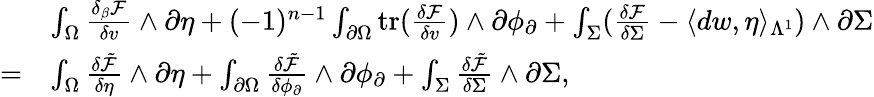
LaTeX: \begin{array}{rl}&{\int_{\Omega}\frac{\delta_{\beta}\mathcal{F}}{\delta v}\wedge\partial\eta+(-1)^{n-1}\int_{\partial\Omega}\mathrm{tr}(\frac{\delta\mathcal{F}}{\delta v})\wedge\partial\phi_{\partial}+\int_{\Sigma}(\frac{\delta\mathcal{F}}{\delta\Sigma}-\langle dw,\eta\rangle_{\Lambda^{1}})\wedge\partial\Sigma}\\ {=}&{\int_{\Omega}\frac{\delta\tilde{\mathcal{F}}}{\delta\eta}\wedge\partial\eta+\int_{\partial\Omega}\frac{\delta\tilde{\mathcal{F}}}{\delta\phi_{\partial}}\wedge\partial\phi_{\partial}+\int_{\Sigma}\frac{\delta\tilde{\mathcal{F}}}{\delta\Sigma}\wedge\partial\Sigma,}\end{array}